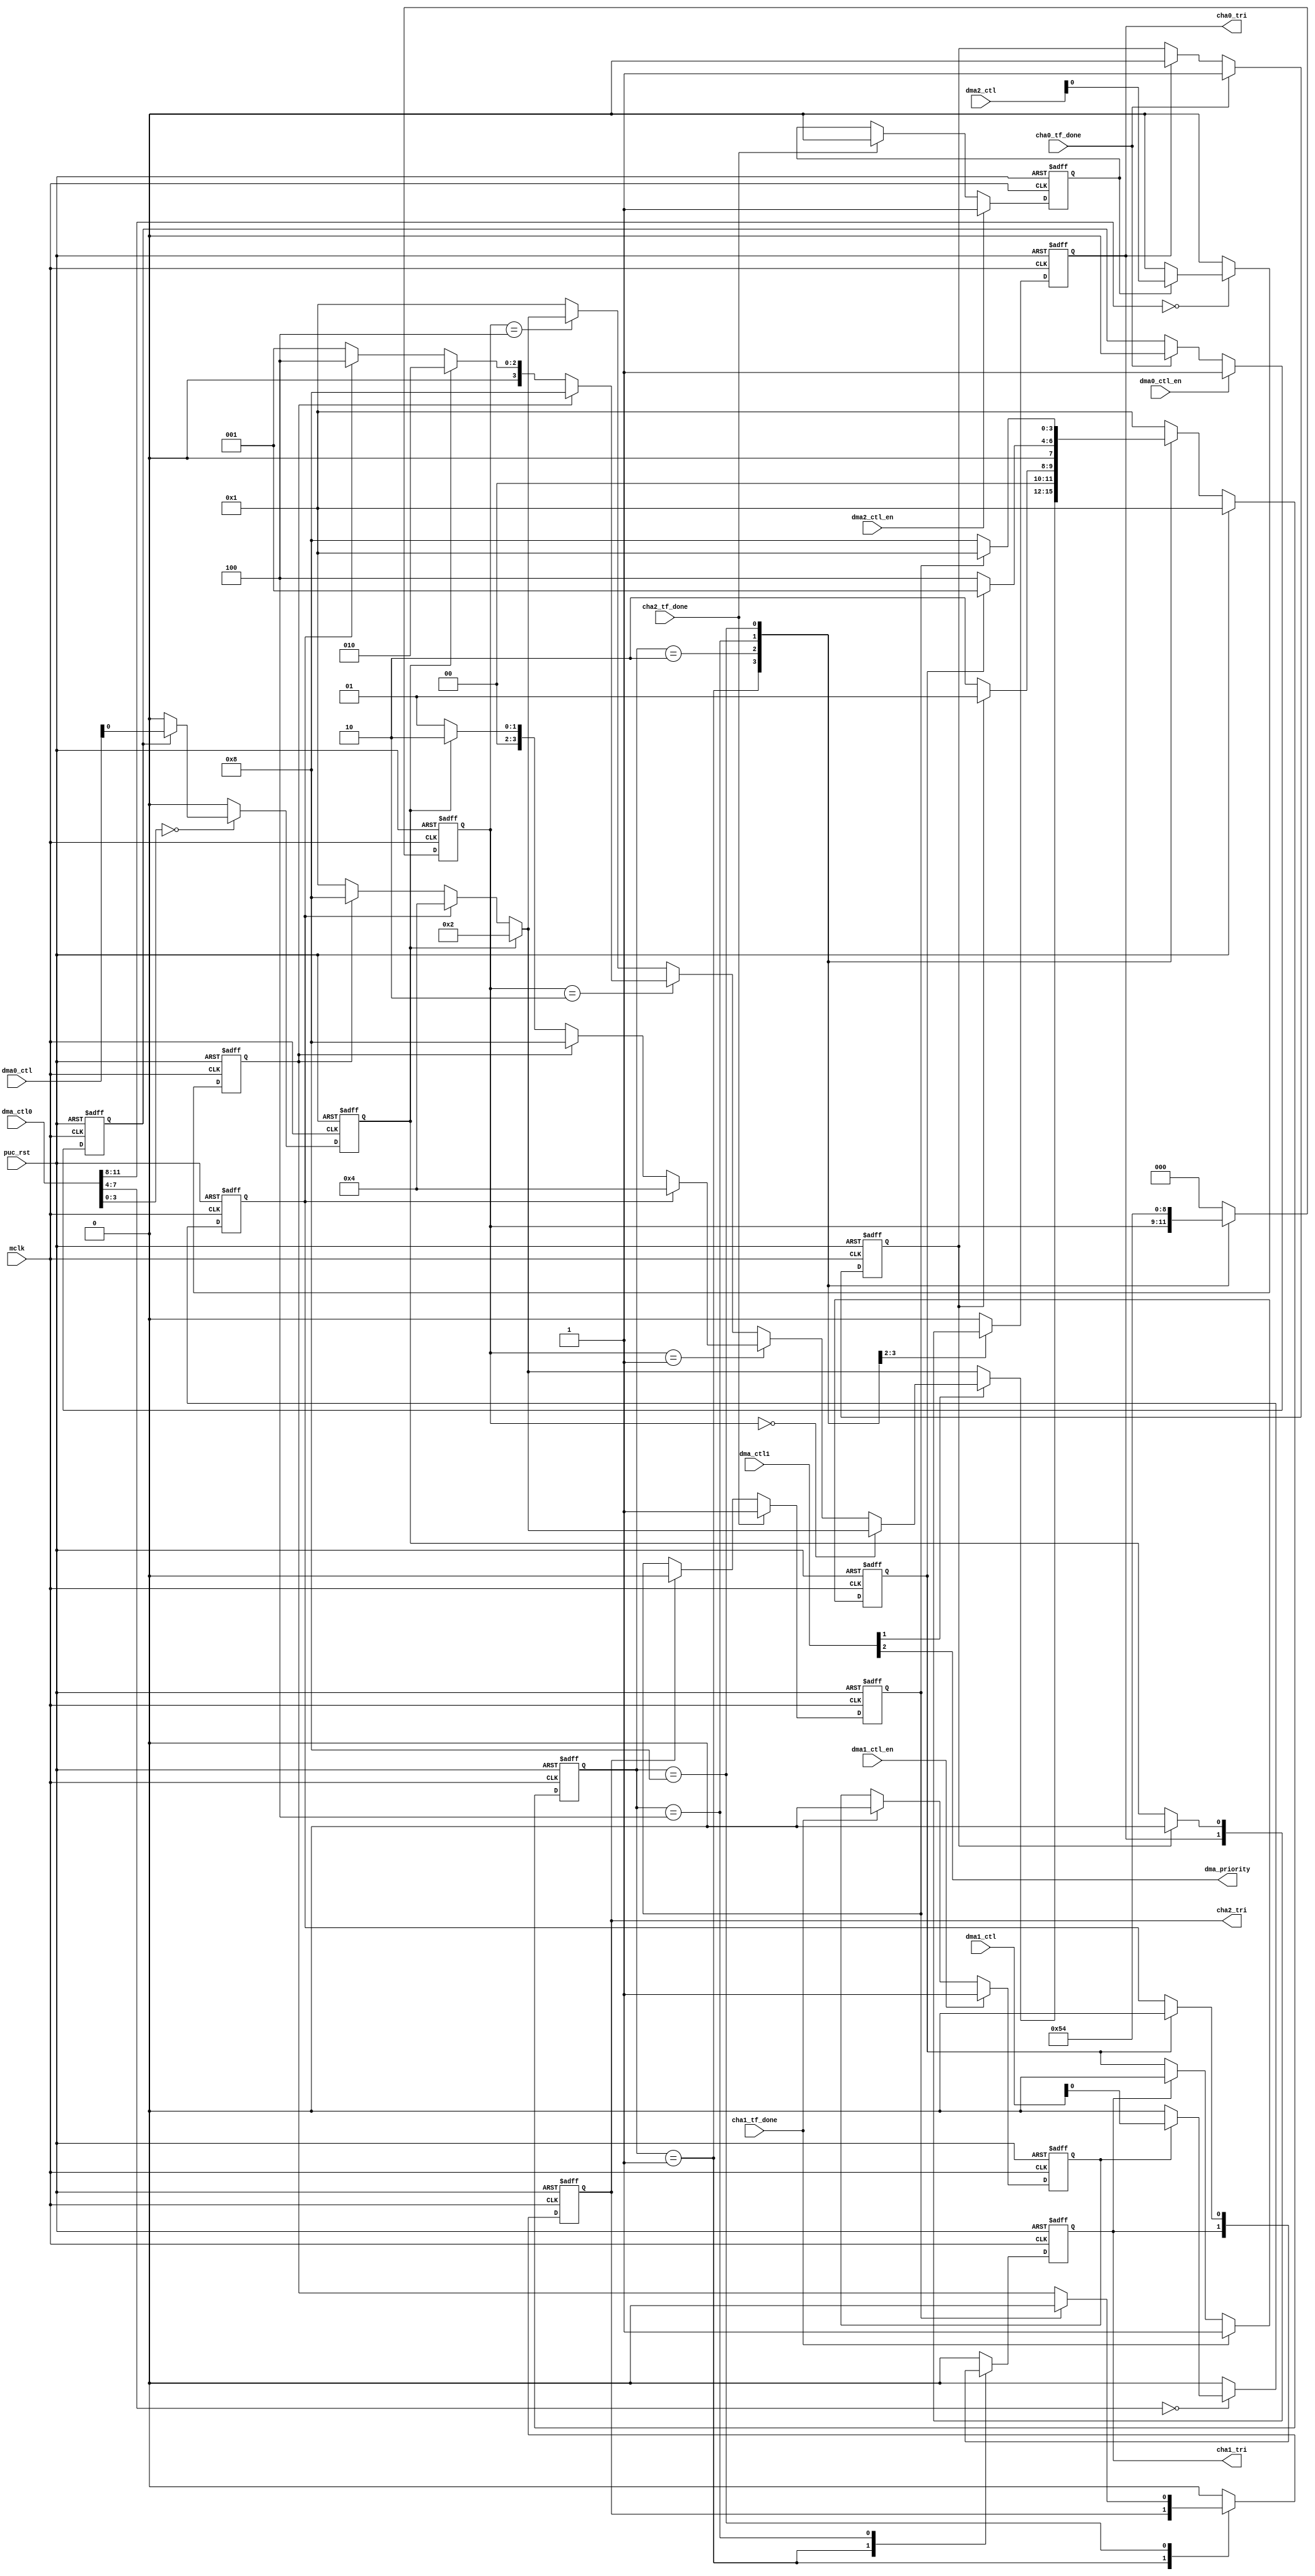
//----------------------------------------------------------------------------
// Copyright (C) 2009 , Olivier Girard
//
// Redistribution and use in source and binary forms, with or without
// modification, are permitted provided that the following conditions
// are met:
//     * Redistributions of source code must retain the above copyright
//       notice, this list of conditions and the following disclaimer.
//     * Redistributions in binary form must reproduce the above copyright
//       notice, this list of conditions and the following disclaimer in the
//       documentation and/or other materials provided with the distribution.
//     * Neither the name of the authors nor the names of its contributors
//       may be used to endorse or promote products derived from this software
//       without specific prior written permission.
//
// THIS SOFTWARE IS PROVIDED BY THE COPYRIGHT HOLDERS AND CONTRIBUTORS "AS IS"
// AND ANY EXPRESS OR IMPLIED WARRANTIES, INCLUDING, BUT NOT LIMITED TO, THE
// IMPLIED WARRANTIES OF MERCHANTABILITY AND FITNESS FOR A PARTICULAR PURPOSE
// ARE DISCLAIMED. IN NO EVENT SHALL THE COPYRIGHT HOLDER OR CONTRIBUTORS BE
// LIABLE FOR ANY DIRECT, INDIRECT, INCIDENTAL, SPECIAL, EXEMPLARY,
// OR CONSEQUENTIAL DAMAGES (INCLUDING, BUT NOT LIMITED TO, PROCUREMENT OF
// SUBSTITUTE GOODS OR SERVICES; LOSS OF USE, DATA, OR PROFITS; OR BUSINESS
// INTERRUPTION) HOWEVER CAUSED AND ON ANY THEORY OF LIABILITY, WHETHER IN
// CONTRACT, STRICT LIABILITY, OR TORT (INCLUDING NEGLIGENCE OR OTHERWISE)
// ARISING IN ANY WAY OUT OF THE USE OF THIS SOFTWARE, EVEN IF ADVISED OF
// THE POSSIBILITY OF SUCH DAMAGE
//
//----------------------------------------------------------------------------
//
// *File Name: dma_master.v
//
// *Module Description:
//                       dma
//
// *Author(s):
//              - guodezheng,    cxhy1981@gmail.com
//
//----------------------------------------------------------------------------
// $Rev: 134 $
// $LastChangedBy: guodezheng $
// $LastChangedDate: 2015/10/6  12:02:45 $
// decoderdmaen_done
// updata : 2016/01/21 dmaxreq(dmaxreq_en)dmaxreqdmaxctl0[0]0
//                     dmax_ctldmax_ctl_encha0_tf_done
//                     dmax_ctl_endmaxreq_enchax_tf_done
//----------------------------------------------------------------------------

module  dma_pri (
                       mclk                      ,
                       puc_rst                   ,

                       dma_ctl0                  ,
                       dma_ctl1                  ,
                       dma0_ctl                  ,
					   dma0_ctl_en               ,
                       dma1_ctl                  ,
					   dma1_ctl_en               ,
                       dma2_ctl                  ,
					   dma2_ctl_en               ,

                       cha0_tf_done              ,
                       cha1_tf_done              ,
                       cha2_tf_done              ,

                       dma_priority              ,
                       cha0_tri                  ,
                       cha1_tri                  ,
                       cha2_tri

);

input                                   mclk           ;
input                                   puc_rst        ;

input  [15:0]                           dma_ctl0       ;
input  [15:0]                           dma_ctl1       ;
input  [15:0]                           dma0_ctl       ;
input                                   dma0_ctl_en    ;
input  [15:0]                           dma1_ctl       ;
input                                   dma1_ctl_en    ;
input  [15:0]                           dma2_ctl       ;
input                                   dma2_ctl_en    ;
input                                   cha0_tf_done   ;
input                                   cha1_tf_done   ;
input                                   cha2_tf_done   ;

output                                  dma_priority   ;
output                                  cha0_tri       ;
output                                  cha1_tri       ;
output                                  cha2_tri       ;



wire  [15:0]                           dma_ctl0        ;
wire  [15:0]                           dma_ctl1        ;
wire  [15:0]                           dma0_ctl        ;
wire  [15:0]                           dma1_ctl        ;
wire  [15:0]                           dma2_ctl        ;
wire  [3:0]                            DMA0TSELx       ;
wire  [3:0]                            DMA1TSELx       ;
wire  [3:0]                            DMA2TSELx       ;
wire                                   dma0_ctl_en     ;
wire                                   dma1_ctl_en     ;
wire                                   dma2_ctl_en     ;
wire                                   cha0_tf_done    ;
wire                                   cha1_tf_done    ;
wire                                   cha2_tf_done    ;

wire                                   cha_tri         ;
reg                                    cha_tri_dly     ;
wire                                   cha_tri_pos     ;
wire                                   cha_tf_done     ;
reg                                    cha_tf_done_dly ;
wire                                   cha_tf_done_pos ;
wire                                   dma0req_en      ;
wire                                   dma1req_en      ;
wire                                   dma2req_en      ;
reg                                    dma0req_en_reg  ;
reg                                    dma1req_en_reg  ;
reg                                    dma2req_en_reg  ;


reg                                    cha0_tri        ;
reg                                    cha1_tri        ;
reg                                    cha2_tri        ;

reg                                    dma0_tri        ;
reg                                    dma1_tri        ;
reg                                    dma2_tri        ;
reg [2:0]                              last_txf_cha    ;

//  last_txf_cha      
//  000               
//  001               0
//  010               1
//  100               2



wire                                   ROUNDROBIN   ;
wire                                   DMAONFETCH   ;


parameter IDLE       = 4'b0001;
parameter CHA0       = 4'b0010;
parameter CHA1       = 4'b0100;
parameter CHA2       = 4'b1000;
reg       [3:0]      current_state;
reg       [3:0]      next_state   ;

assign     DMA0TSELx = dma_ctl0[3:0];
assign     DMA1TSELx = dma_ctl0[7:4];
assign     DMA2TSELx = dma_ctl0[11:8];

//dma0req
// assign     dma0req   = dma0_ctl[0];
// assign     dma1req   = dma1_ctl[0];
// assign     dma2req   = dma2_ctl[0];
assign     dma0req   = (dma0req_en) ?  dma0_ctl[0] : 1'b0;
assign     dma1req   = (dma1req_en) ?  dma1_ctl[0] : 1'b0;
assign     dma2req   = (dma2req_en) ?  dma2_ctl[0] : 1'b0;

always @(posedge mclk or posedge puc_rst) begin
    if(puc_rst) dma0req_en_reg <= 0;
    else begin
        if(dma0_ctl_en)        dma0req_en_reg <= 1'b1;
        else if(cha0_tf_done)  dma0req_en_reg <= 1'b0;
    end
end

always @(posedge mclk or posedge puc_rst) begin
    if(puc_rst) dma1req_en_reg <= 0;
    else begin
        if(dma1_ctl_en)        dma1req_en_reg <= 1'b1;
        else if(cha1_tf_done)  dma1req_en_reg <= 1'b0;
    end
end

always @(posedge mclk or posedge puc_rst) begin
    if(puc_rst) dma2req_en_reg <= 0;
    else begin
        if(dma2_ctl_en)        dma2req_en_reg <= 1'b1;
        else if(cha2_tf_done)  dma2req_en_reg <= 1'b0;
    end
end

assign dma0req_en = dma0req_en_reg;
assign dma1req_en = dma1req_en_reg;
assign dma2req_en = dma2req_en_reg;
//dma0req

//tf_donetf_done_sydone
reg cha0_tf_done_sy;
reg cha1_tf_done_sy;
reg cha2_tf_done_sy;
always @(posedge mclk or posedge puc_rst) begin
  if(puc_rst)   cha0_tf_done_sy <= 0;
  else begin
      if(cha0_tf_done)       cha0_tf_done_sy <= 1'b1;
      else if(cha0_tri)      cha0_tf_done_sy <= 1'b0;
  end
end

always @(posedge mclk or posedge puc_rst) begin
  if(puc_rst)   cha1_tf_done_sy <= 0;
  else begin
      if(cha1_tf_done)       cha1_tf_done_sy <= 1'b1;
      else if(cha1_tri)      cha1_tf_done_sy <= 1'b0;
  end
end

always @(posedge mclk or posedge puc_rst) begin
  if(puc_rst)   cha2_tf_done_sy <= 0;
  else begin
      if(cha2_tf_done)       cha2_tf_done_sy <= 1'b1;
      else if(cha2_tri)      cha2_tf_done_sy <= 1'b0;
  end
end




assign     ROUNDROBIN = dma_ctl1[1];
assign     DMAONFETCH = dma_ctl1[2];
assign     dma_priority = DMAONFETCH;

assign cha_tf_done = cha0_tf_done |
                     cha1_tf_done |
                     cha2_tf_done ;
assign cha_tri     = cha0_tri     |
                     cha1_tri     |
                     cha2_tri     ;
always @(posedge mclk or posedge puc_rst) begin
    if (puc_rst) begin
        // reset
        cha_tri_dly     <= 1'b0;
        cha_tf_done_dly <= 1'b0;
    end
    else begin
        cha_tri_dly     <= cha_tri;
        cha_tf_done_dly <= cha_tf_done;
    end
end
assign cha_tri_pos     = cha_tri      & (~cha_tri_dly);
assign cha_tf_done_pos = cha_tf_done  & (~cha_tf_done_dly);

// reg     tf_done_reg ;
// always @(posedge mclk or posedge puc_rst)begin
//     if(puc_rst == 1'b1)begin
//         tf_done_reg <= 1'b0;
//     end
//     else begin
//         if (cha_tf_done_pos == 1'b1) begin
//             tf_done_reg <= 1'b1;
//         end
//         if (cha_tri_pos == 1'b1)begin
//             tf_done_reg <= 1'b0;
//         end
//     end
// end

// always @(posedge mclk or posedge puc_rst)begin
//     if(puc_rst == 1'b1)begin
//         tf_done_reg <= 1'b0;
//     end
//     else begin
//        if (cha_tf_done_pos | cha_tri_pos )  tf_done_reg <= ~tf_done_reg;
//     end
// end




//dmaxtsel
always@(posedge mclk or posedge puc_rst )begin
    if(puc_rst == 1'b1)begin
        dma0_tri <= 1'b0;
    end
    else begin
        case (DMA0TSELx)
            0000    : dma0_tri <= dma0req;
            default : dma0_tri <= 1'b0;
        endcase
    end
end


always@(posedge mclk or posedge puc_rst )begin
    if(puc_rst == 1'b1)begin
        dma1_tri  <= 1'b0;
    end
    else begin
        case(DMA1TSELx)
            0000    : dma1_tri <= dma1req;
            default : dma1_tri <= 1'b0;
        endcase
    end
end


always@(posedge mclk or posedge puc_rst)begin
    if(puc_rst == 1'b1)begin
        dma2_tri  <= 1'b0;
    end
    else begin
        case(DMA2TSELx)
            0000    : dma2_tri <= dma2req;
            default : dma2_tri <= 1'b0;
        endcase
    end
end

//
//
always@(posedge mclk or posedge puc_rst )begin
    if(puc_rst == 1'b1)begin
        current_state <= IDLE;
    end
    else begin
        current_state <= next_state;
    end
end

//idle  0CHA0
//012.2
//last_txf_cha
// 0-1-2
//12-0-1
//20-1-2
//01-2-0
always@(*)begin
    if(puc_rst == 1'b1)begin
        next_state <= IDLE;
    end
    else begin
 case(current_state)
            IDLE    :    begin
                if(ROUNDROBIN == 1'b0)begin
                    if(dma0_tri)begin
                        next_state <= CHA0;
                    end
                    else if(dma1_tri)begin
                        next_state <= CHA1;
                    end
                    else if(dma2_tri)begin
                        next_state <= CHA2;
                    end
                    else begin
                        next_state <= IDLE;
                    end
                end
                else begin
                //2time
                    if(last_txf_cha == 3'b000)begin
                        if(dma0_tri)begin
                            next_state <= CHA0;
                        end
                        else if(dma1_tri)begin
                            next_state <= CHA1;
                        end
                        else if(dma2_tri)begin
                            next_state <= CHA2;
                        end
                        else begin
                            next_state <= IDLE;
                        end
                    end
                    else if(last_txf_cha == 3'b001)begin
                        if(dma1_tri)begin
                            next_state <= CHA1;
                        end
                        else if(dma2_tri)begin
                            next_state <= CHA2;
                        end
                        else if(dma0_tri)begin
                            next_state <= CHA0;
                        end
                        else begin
                            next_state <= IDLE;
                        end
                    end
                    else if(last_txf_cha == 3'b010)begin
                        if(dma2_tri)begin
                            next_state <= CHA2;
                        end
                        else if(dma0_tri)begin
                            next_state <= CHA0;
                        end
                        else if(dma1_tri)begin
                            next_state <= CHA1;
                        end
                        else begin
                            next_state <= IDLE;
                        end
                    end
                    // else if(last_txf_cha == 3'b100)begin
                    //     if(dma0_tri)begin
                    //         next_state <= CHA0;
                    //     end
                    //     else if(dma1_tri)begin
                    //         next_state <= CHA1;
                    //     end
                    //     else if(dma2_tri)begin
                    //         next_state <= CHA2;
                    //     end
                    //     else begin
                    //     end
                    // end
                    else if(last_txf_cha == 3'b100)begin
                        if(dma0_tri)begin
                            next_state <= CHA0;
                        end
                        else if(dma1_tri)begin
                            next_state <= CHA1;
                        end
                        else if(dma2_tri)begin
                            next_state <= CHA2;
                        end
                        else begin
                            next_state <= IDLE;
                        end
                    end
                    else begin
                        next_state <= IDLE;
                    end
                end
            end
            CHA0    :    next_state = (cha0_tf_done_sy == 1'b1) ? IDLE : CHA0;
            CHA1    :    next_state = (cha1_tf_done_sy == 1'b1) ? IDLE : CHA1;
            CHA2    :    next_state = (cha2_tf_done_sy == 1'b1) ? IDLE : CHA2;
            default :    next_state = IDLE;
        endcase
    end
end

always@(posedge mclk or posedge puc_rst )begin
    if(puc_rst == 1'b1)begin
        last_txf_cha <= 3'b0;
        cha0_tri     <= 1'b0;
        cha1_tri     <= 1'b0;
        cha2_tri     <= 1'b0;
    end
    else begin
        case(current_state)
            IDLE    :    begin
            end
            CHA0    :    begin
                last_txf_cha <= 3'b001;
                cha0_tri     <= (cha0_tf_done_sy == 1'b1 ) ? 1'b0 : dma0_tri;
                cha1_tri     <= 1'b0;
                cha2_tri     <= 1'b0;
            end
            CHA1    :begin
                last_txf_cha <= 3'b010;
                cha0_tri     <= 1'b0;
                cha1_tri      = (cha1_tf_done_sy == 1'b1 ) ? 1'b0 : dma1_tri;
                cha2_tri     <= 1'b0;
            end
            CHA2    :begin
                last_txf_cha <= 3'b100;
                cha0_tri     <= 1'b0;
                cha1_tri     <= 1'b0;
                cha2_tri      = (cha2_tf_done_sy == 1'b1 ) ? 1'b0 : dma2_tri;
            end
            default : begin
                last_txf_cha <= 3'b000;
                cha0_tri     <= 1'b0;
                cha1_tri     <= 1'b0;
                cha2_tri     <= 1'b0;
            end
        endcase
    end
end






endmodule // dma_priority